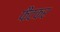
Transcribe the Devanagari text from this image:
फैंटकर